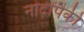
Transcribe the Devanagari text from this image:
नोंदींपैकी